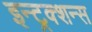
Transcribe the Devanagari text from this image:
इन्ट्रक्शन्स